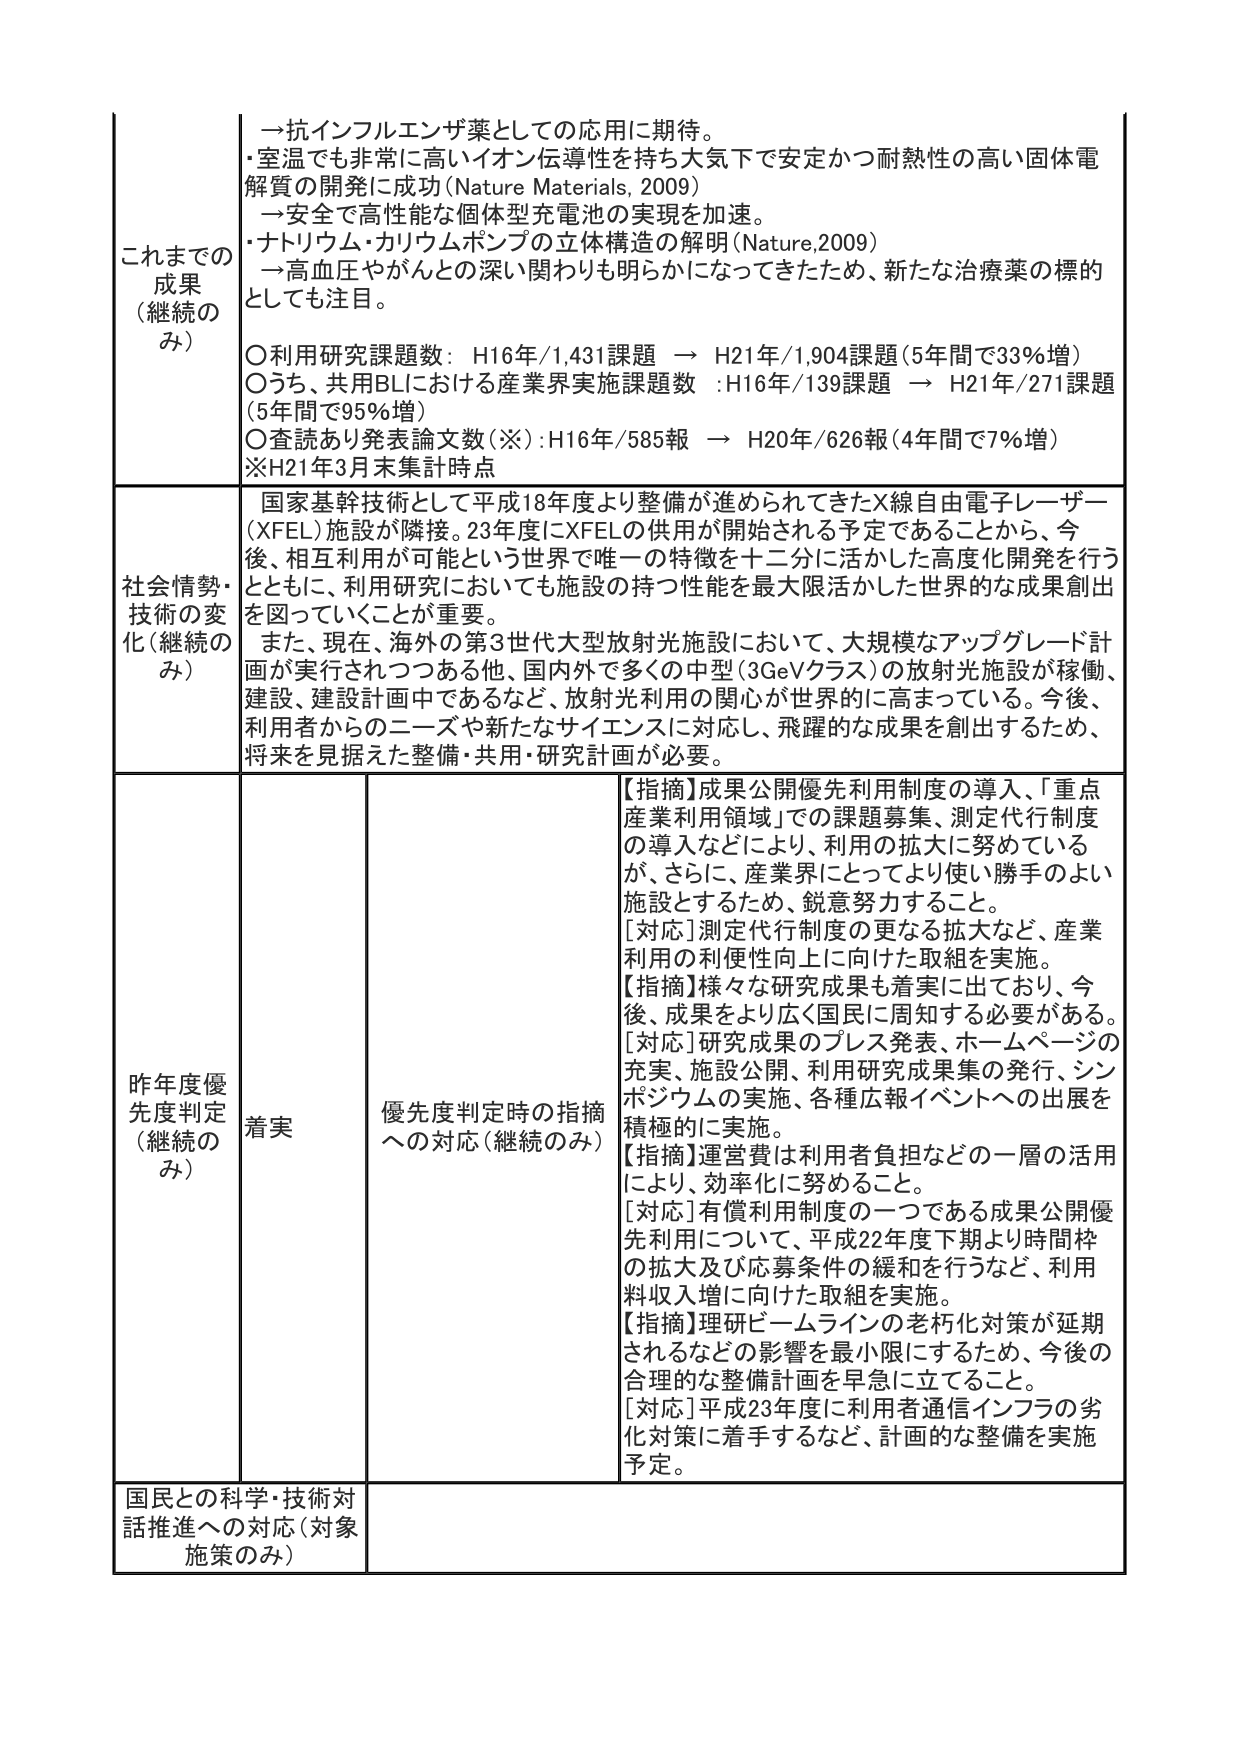
これまでの成果（継続のみ）
→抗インフルエンザ薬としての応用に期待。
・室温でも非常に高いイオン伝導性を持ち大気下で安定かつ耐熱性の高い固体電解質の開発に成功（Nature Materials, 2009）
→安全で高性能な個体型充電池の実現を加速。
・ナトリウム・カリウムポンプの立体構造の解明（Nature, 2009）
→高血圧やがんとの深い関わりも明らかになってきたため、新たな治療薬の標的としても注目。
〇利用研究課題数：H16年/1,431課題 → H21年/1,904課題（5年間で33％増）
〇うち、共用BLにおける産業界実施課題数：H16年/139課題 → H21年/271課題（5年間で95％増）
〇査読あり発表論文数（※）：H16年/585報 → H20年/626報（4年間で7％増）
※H21年3月末集計時点

社会情勢・技術の変化（継続のみ）
国家基幹技術として平成18年度より整備が進められてきたX線自由電子レーザー（XFEL）施設が隣接。23年度にXFELの供用が開始される予定であることから、今後、相互利用が可能という世界で唯一の特徴を十二分に活かした高度化開発を行うとともに、利用研究においても施設の持つ性能を最大限活かした世界的な成果創出を図っていくことが重要。
また、現在、海外の第3世代大型放射光施設において、大規模なアップグレード計画が実行されつつある他、国内外で多くの中型（3GeVクラス）の放射光施設が稼働、建設、建設計画中であるなど、放射光利用の関心が世界的に高まっている。今後、利用者からのニーズや新たなサイエンスに対応し、飛躍的な成果を創出するため、将来を見据えた整備・共用・研究計画が必要。

昨年度優先度判定（継続のみ）
着実
優先度判定時の指摘への対応（継続のみ）
【指摘】成果公開優先利用制度の導入、「重点産業利用領域」での課題募集、測定代行制度の導入などにより、利用の拡大に努めているが、さらに、産業界にとってより使い勝手のよい施設とするため、鋭意努力すること。
[対応] 測定代行制度の更なる拡大など、産業利用の利便性向上に向けた取組を実施。
【指摘】様々な研究成果も着実に出ており、今後、成果をより広く国民に周知する必要がある。
[対応] 研究成果のプレス発表、ホームページの充実、施設公開、利用研究成果集の発行、シンポジウムの実施、各種広報イベントへの出展を積極的に実施。
【指摘】運営費は利用者負担などの一層の活用により、効率化に努めること。
[対応] 有償利用制度の一つである成果公開優先利用について、平成22年度下期より時間枠の拡大及び応募条件の緩和を行うなど、利用料収入増に向けた取組を実施。
【指摘】理研ビームラインの老朽化対策が延期されるなどの影響を最小限にするため、今後の合理的な整備計画を早急に立てること。
[対応] 平成23年度に利用者通信インフラの劣化対策に着手するなど、計画的な整備を実施予定。

国民との科学・技術対話推進への対応（対象施策のみ）